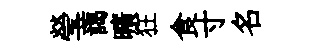
瑩藹曠狂食寸名